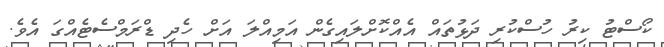
ކޯސްޓު ކިރު ހުސްކުރި ދަޅުތައް އެއްކޮށްލައިގެން އަމިއްލަ އަށް ހެދި ޑްރަމްސެޓެއްގަ އެވެ.